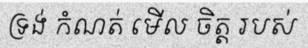
ទ្រង់ កំណត់ មើល ចិត្ត របស់